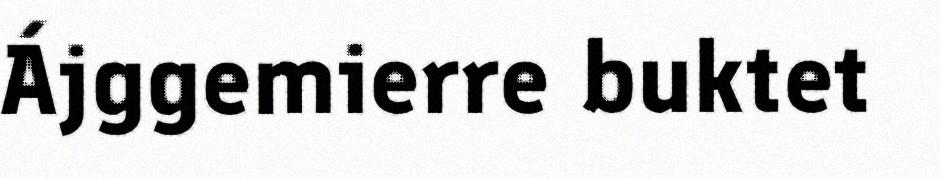
Ájggemierre buktet